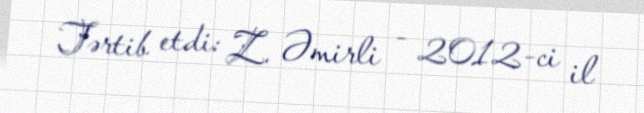
Tərtib etdi: Z. Əmirli - 2012-ci il